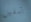
آسفين